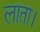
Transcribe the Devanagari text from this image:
लाता।